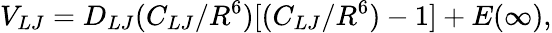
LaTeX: V_{LJ}=D_{LJ}(C_{LJ}/R^{6})[(C_{LJ}/R^{6})-1]+E(\infty),